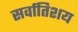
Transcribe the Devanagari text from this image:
सर्वातिशय